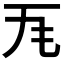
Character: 𭺜